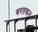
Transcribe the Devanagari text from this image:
बरतकन